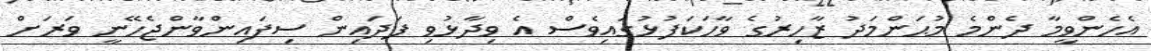
އެހެންވީމާ ދެންމެ މުޙަންމަދު ޒާހިރުގެ ވާހަކަފުޅުގައިވެސް އެ ވިދާޅުވި ފަދައިން ސިފައިންވާންޖެހޭނީ ވަރަށް